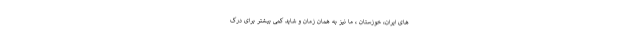
های ایران، خوزستان ، ما نیز به همان زمان و شاید کمی بیشتر برای درک